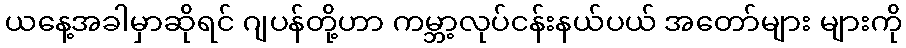
ယနေ့အခါမှာဆိုရင် ဂျပန်တို့ဟာ ကမ္ဘာ့လုပ်ငန်းနယ်ပယ် အတော်များ များကို